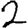
Digit: 2